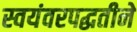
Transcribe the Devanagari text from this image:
स्वयंवरपद्धतीने